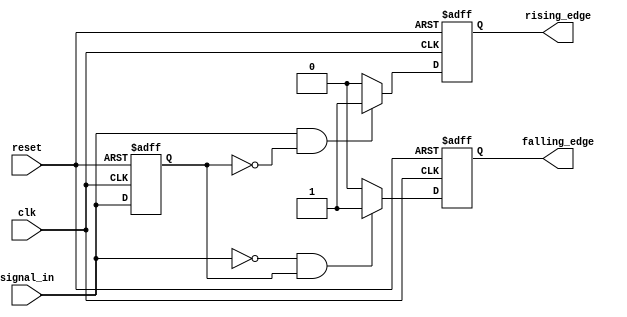
module dual_edge_detector (
    input wire clk,             // Clock signal
    input wire reset,           // Asynchronous reset
    input wire signal_in,       // Input signal
    output reg rising_edge,     // Output signal for rising edge detection
    output reg falling_edge     // Output signal for falling edge detection
);

    reg signal_in_prev;         // Register to hold the previous state of signal_in

    // Asynchronous reset and edge detection logic
    always @(posedge clk or posedge reset) begin
        if (reset) begin
            // Reset the previous state and output signals
            signal_in_prev <= 1'b0;
            rising_edge <= 1'b0;
            falling_edge <= 1'b0;
        end else begin
            // Edge detection logic
            if (signal_in == 1'b1 && signal_in_prev == 1'b0) begin
                rising_edge <= 1'b1;  // Rising edge detected
            end else begin
                rising_edge <= 1'b0;  // No rising edge
            end
            
            if (signal_in == 1'b0 && signal_in_prev == 1'b1) begin
                falling_edge <= 1'b1;  // Falling edge detected
            end else begin
                falling_edge <= 1'b0;  // No falling edge
            end
            
            // Update the previous state
            signal_in_prev <= signal_in;
        end
    end

endmodule